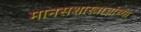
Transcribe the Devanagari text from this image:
मानसशास्त्राज्ञांच्या